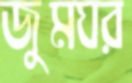
জুমঘর